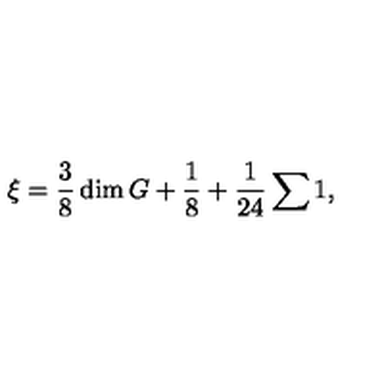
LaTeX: \xi = \frac { 3 } { 8 } \dim G + \frac { 1 } { 8 } + \frac { 1 } { 2 4 } \sum 1 ,